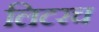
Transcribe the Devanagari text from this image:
लिटरच